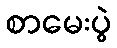
စာမေးပွဲ